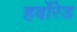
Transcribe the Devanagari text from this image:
हर्बोरेड